画像に写った文字を読んでください
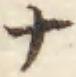
「ナ」と書いてあります